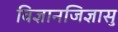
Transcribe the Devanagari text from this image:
विज्ञानजिज्ञासु